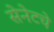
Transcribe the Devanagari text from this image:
सेनेटचे